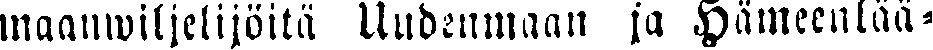
maanwiljelijöitä Uudenmaan ja Hämeenlää-